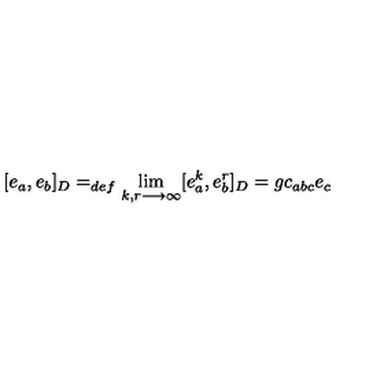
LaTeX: [ e _ { a } , e _ { b } ] _ { D } = _ { d e f } \lim _ { k , r \longrightarrow \infty } [ e _ { a } ^ { k } , e _ { b } ^ { r } ] _ { D } = g c _ { a b c } e _ { c }